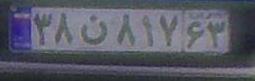
۳۸ن۸۱۷۶۳